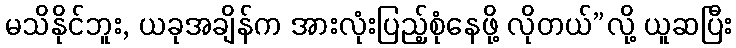
မသိနိုင်ဘူး, ယခုအချိန်က အားလုံးပြည့်စုံနေဖို့ လိုတယ်”လို့ ယူဆပြီး